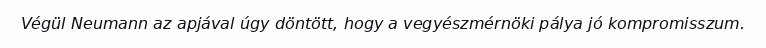
Végül Neumann az apjával úgy döntött, hogy a vegyészmérnöki pálya jó kompromisszum.